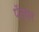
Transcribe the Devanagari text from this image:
पॅन्थर